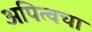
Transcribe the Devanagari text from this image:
अपित्वचा